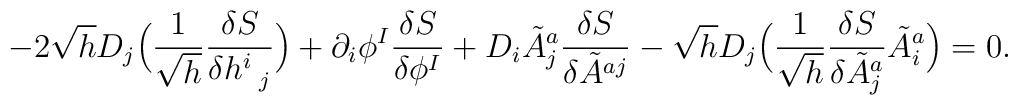
-2 \sqrt{h} D_{j} \Bigl(\frac{1}{\sqrt{h}} \frac{\delta S}{\delta h^{i}_{\hspace{0.5em} j}} \Bigr)+ \partial_{i} \phi^{I} \frac{\delta S}{\delta \phi^I}+D_{i} \tilde{A}^{a}_{j} \frac{\delta S}{\delta \tilde{A}^{a j}}- \sqrt{h} D_{j} \Bigl( \frac{1}{\sqrt{h}} \frac{\delta S}{\delta \tilde{A}^{a}_{j}} \tilde{A}^{a}_{i} \Bigr) = 0.